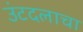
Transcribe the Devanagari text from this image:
उंटदलाचा